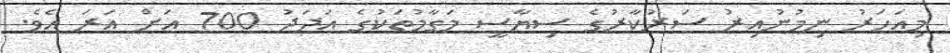
މިއަހަރު ނިމުނުއިރު ސަރުކާރުގެ ސިޔާސީ މަގާމުތަކުގެ އަދަދު 700 އަށް އަރަ އެވެ.